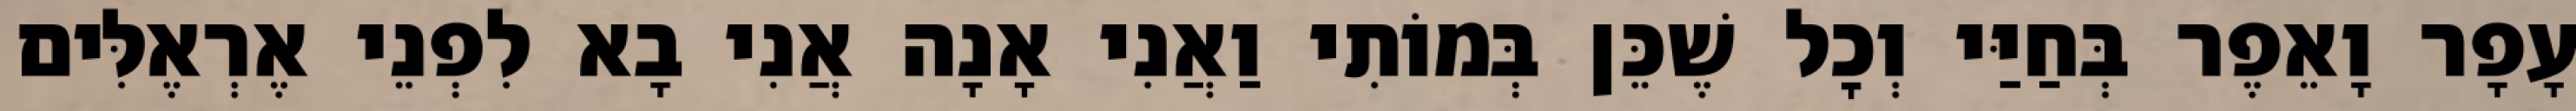
עָפָר וָאֵפֶר בְּחַיַּי וְכׇל שֶׁכֵּן בְּמוֹתִי וַאֲנִי אָנָה אֲנִי בָא לִפְנֵי אֶרְאֶלִּים